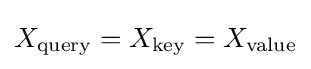
X_{\text{query}}=X_{\text{key}}=X_{\text{value}}